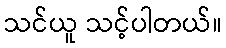
သင်ယူ သင့်ပါတယ်။